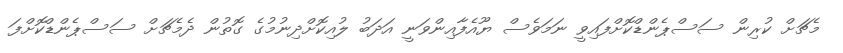
މެޗަށް ކުރިން ސަސްޕެންޑްކޮށްފައިވީ ނަމަވެސް ޔޫއެފާއިންވަނީ އަދަބު ލުއިކޮށްދިނުމުގެ ގޮތުން ދެމެޗަށް ސަސްޕެންޑްކޮށްފަ